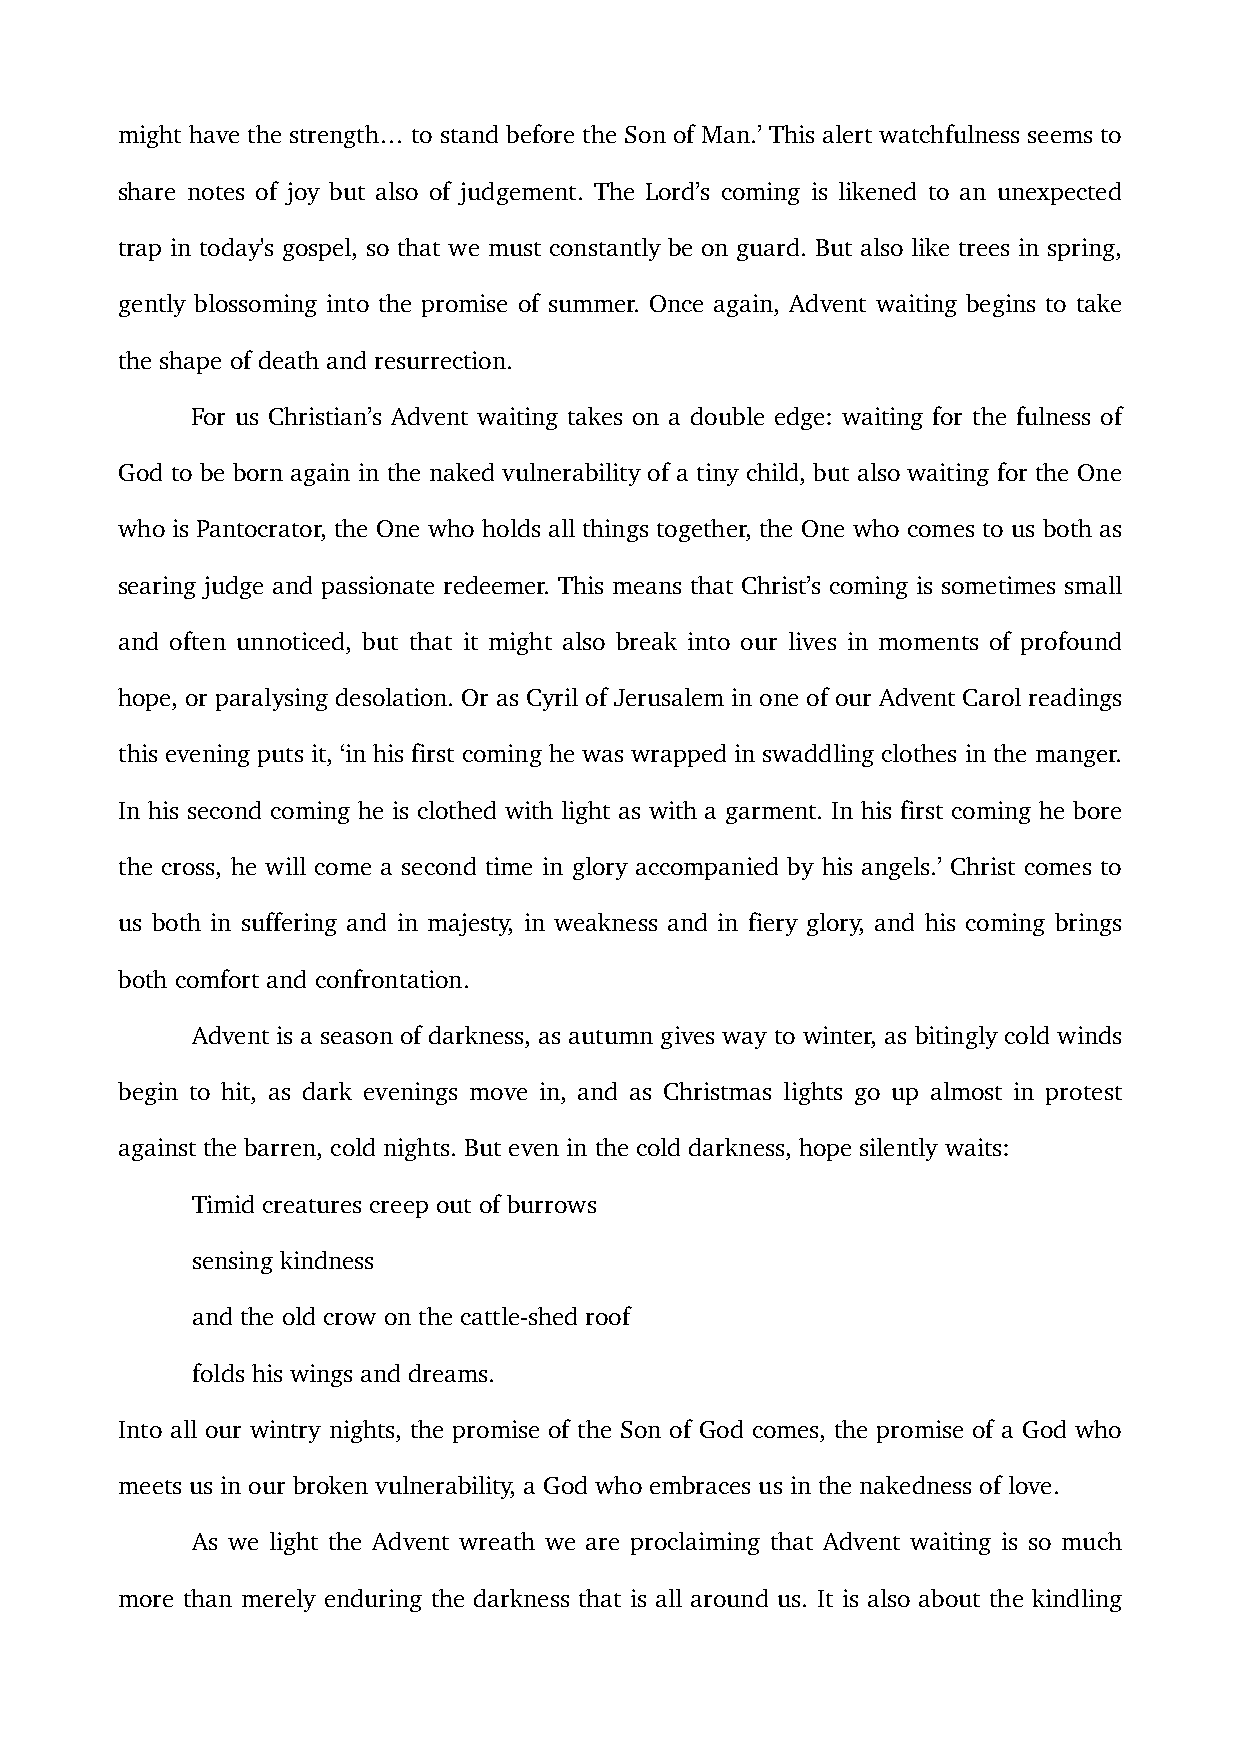
might have the strength… to stand before the Son of Man.’ This alert watchfulness seems to
 share notes of joy but also of judgement. The Lord’s coming is likened to an unexpected
 trap in today's gospel, so that we must constantly be on guard. But also like trees in spring,
 gently blossoming into the promise of summer. Once again, Advent waiting begins to take
 the shape of death and resurrection.
 For us Christian’s Advent waiting takes on a double edge: waiting for the fulness of
 God to be born again in the naked vulnerability of a tiny child, but also waiting for the One
 who is Pantocrator, the One who holds all things together, the One who comes to us both as
 searing judge and passionate redeemer. This means that Christ’s coming is sometimes small
 and often unnoticed, but that it might also break into our lives in moments of profound
 hope, or paralysing desolation. Or as Cyril of Jerusalem in one of our Advent Carol readings
 this evening puts it, ‘in his first coming he was wrapped in swaddling clothes in the manger.
 In his second coming he is clothed with light as with a garment. In his first coming he bore
 the cross, he will come a second time in glory accompanied by his angels.’ Christ comes to
 us both in suffering and in majesty, in weakness and in fiery glory, and his coming brings
 both comfort and confrontation.
 Advent is a season of darkness, as autumn gives way to winter, as bitingly cold winds
 begin to hit, as dark evenings move in, and as Christmas lights go up almost in protest
 against the barren, cold nights. But even in the cold darkness, hope silently waits:
 Timid creatures creep out of burrows
 sensing kindness
 and the old crow on the cattle-shed roof
 folds his wings and dreams.
 Into all our wintry nights, the promise of the Son of God comes, the promise of a God who
 meets us in our broken vulnerability, a God who embraces us in the nakedness of love.
 As we light the Advent wreath we are proclaiming that Advent waiting is so much
 more than merely enduring the darkness that is all around us. It is also about the kindling